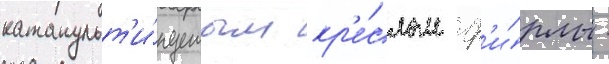
катапульт'и́руемым кр'е́слом ф'и́рмы -